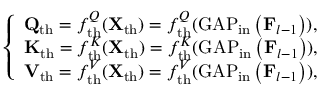
\left\{ \begin{array} { l l } { \mathbf { Q } _ { \mathrm { t h } } = f _ { \mathrm { t h } } ^ { Q } ( \mathbf { X } _ { \mathrm { t h } } ) = f _ { \mathrm { t h } } ^ { Q } ( \operatorname { G A P } _ { \mathrm { i n } } \left( \mathbf { F } _ { l - 1 } \right) ) , } \\ { \mathbf { K } _ { \mathrm { t h } } = f _ { \mathrm { t h } } ^ { K } ( \mathbf { X } _ { \mathrm { t h } } ) = f _ { \mathrm { t h } } ^ { K } ( \operatorname { G A P } _ { \mathrm { i n } } \left( \mathbf { F } _ { l - 1 } \right) ) , } \\ { \mathbf { V } _ { \mathrm { t h } } = f _ { \mathrm { t h } } ^ { V } ( \mathbf { X } _ { \mathrm { t h } } ) = f _ { \mathrm { t h } } ^ { V } ( \operatorname { G A P } _ { \mathrm { i n } } \left( \mathbf { F } _ { l - 1 } \right) ) , } \end{array} \right.